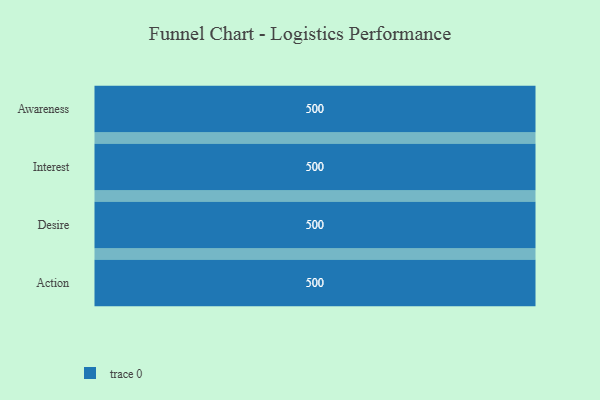
{"axis": {"x": "Stage", "y": "Value"}, "legend": [""], "data": [{"x": "Awareness", "y": 500, "type": ""}, {"x": "Interest", "y": 500, "type": ""}, {"x": "Desire", "y": 500, "type": ""}, {"x": "Action", "y": 500, "type": ""}]}